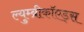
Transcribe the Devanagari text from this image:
ल्युम्ब्रीकॉएड्स